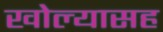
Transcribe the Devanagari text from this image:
खोल्यासह